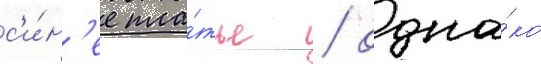
с'и́н'ее пла́тье / одна́ко